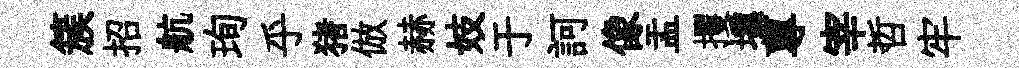
簇招航珣乎猪倣赫妓于訶像盂攫壎蓴宰哲牢